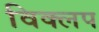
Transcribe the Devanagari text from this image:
विक्लप